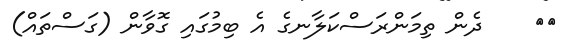
٢٧    ދެން ތިމަންރަސްކަލާނގެ އެ ބިމުގައި ގޮވާން (ގަސްތައް)